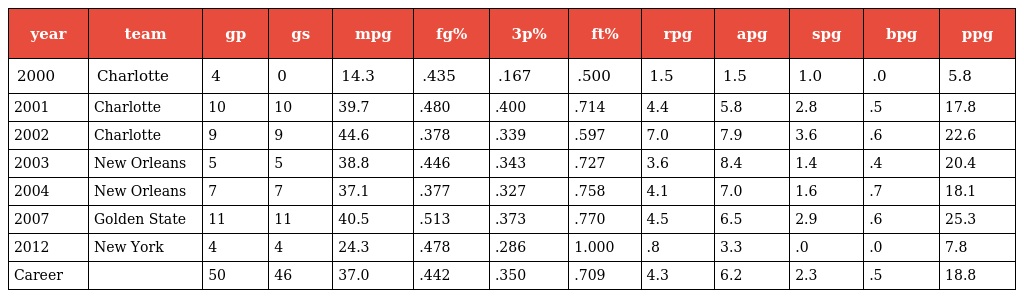
| year | team | gp | gs | mpg | fg% | 3p% | ft% | rpg | apg | spg | bpg | ppg |
 | --- | --- | --- | --- | --- | --- | --- | --- | --- | --- | --- | --- | --- |
 | 2000 | Charlotte | 4 | 0 | 14.3 | .435 | .167 | .500 | 1.5 | 1.5 | 1.0 | .0 | 5.8 |
 | 2001 | Charlotte | 10 | 10 | 39.7 | .480 | .400 | .714 | 4.4 | 5.8 | 2.8 | .5 | 17.8 |
 | 2002 | Charlotte | 9 | 9 | 44.6 | .378 | .339 | .597 | 7.0 | 7.9 | 3.6 | .6 | 22.6 |
 | 2003 | New Orleans | 5 | 5 | 38.8 | .446 | .343 | .727 | 3.6 | 8.4 | 1.4 | .4 | 20.4 |
 | 2004 | New Orleans | 7 | 7 | 37.1 | .377 | .327 | .758 | 4.1 | 7.0 | 1.6 | .7 | 18.1 |
 | 2007 | Golden State | 11 | 11 | 40.5 | .513 | .373 | .770 | 4.5 | 6.5 | 2.9 | .6 | 25.3 |
 | 2012 | New York | 4 | 4 | 24.3 | .478 | .286 | 1.000 | .8 | 3.3 | .0 | .0 | 7.8 |
 | Career |  | 50 | 46 | 37.0 | .442 | .350 | .709 | 4.3 | 6.2 | 2.3 | .5 | 18.8 |